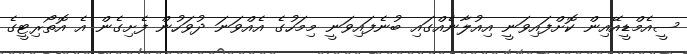
ސީއެމްޑީއޭއިން ކޮށްފައިވަނީ އިއުލާނެއްގައި ބުނެފައިވަނީ މިމަހުގެ އެއްވަނަ ދުވަހުން ފެށިގެން އެ އޮތޯރިޓީގެ